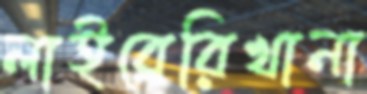
লাইব্রেরিখানা